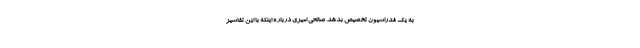
به یک فدراسیون تخصیص بدهد. صالحی امیری درباره اینکه با این تفاسیر